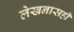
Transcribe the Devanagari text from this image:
लेखनासही